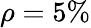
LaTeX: \rho=5\%